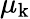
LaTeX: \mu_{\mathrm{k}}